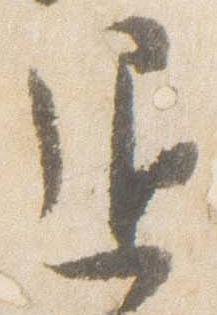
退